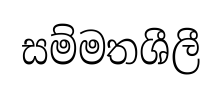
සම්මතශීලී